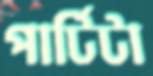
পার্টিটা